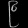
Digit: ၉